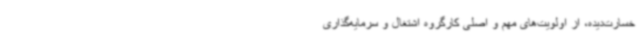
خسارت‌دیده، از اولویت‌های مهم و اصلی کارگروه اشتغال و سرمایه‌گذاری